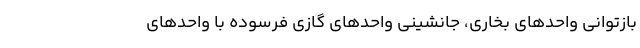
بازتوانی واحد‌های بخاری، جانشینی واحد‌های گازی فرسوده با واحد‌های